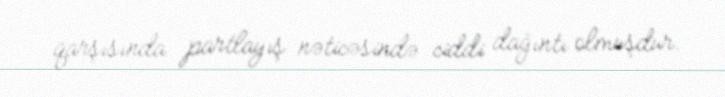
qarşısında partlayış nəticəsində ciddi dağıntı olmuşdur.